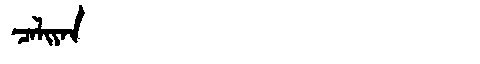
Manchu: ᠴᠠᠯᡳᠶᠠᠨ
Romanization: CALIYAN